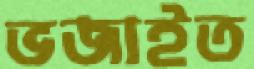
ভজাইত